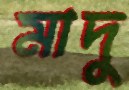
মাদু